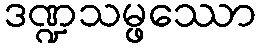
ဒဏ္ဍသမ္ဖဿော